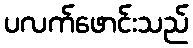
ပလက်ဖောင်းသည်